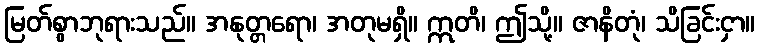
မြတ်စွာဘုရားသည်။ အနုတ္တရော၊ အတုမရှိ။ ဣတိ၊ ဤသို့။ ဇာနိတုံ၊ သိခြင်းငှာ။